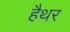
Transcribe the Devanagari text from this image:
हैथर